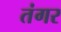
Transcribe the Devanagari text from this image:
तंगर